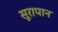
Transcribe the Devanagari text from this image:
सूरापान